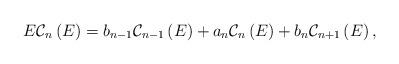
LaTeX: \begin{align*}E\mathcal{C}_{n}\left( E\right) =b_{n-1}\mathcal{C}_{n-1}\left( E\right)+a_{n}\mathcal{C}_{n}\left( E\right) +b_{n}\mathcal{C}_{n+1}\left( E\right) ,\end{align*}